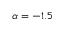
\alpha = - 1 . 5